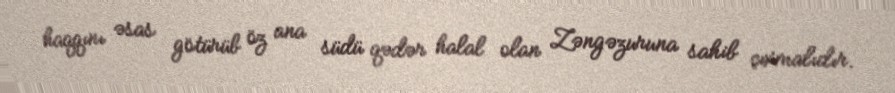
haqqını əsas götürüb öz ana südü qədər halal olan Zəngəzuruna sahib çıxmalıdır.